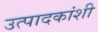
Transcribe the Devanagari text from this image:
उत्पादकांशी